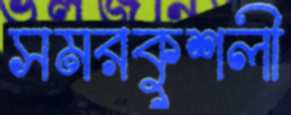
সমরকুশলী